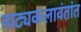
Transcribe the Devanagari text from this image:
नाट्यकलावंतांत